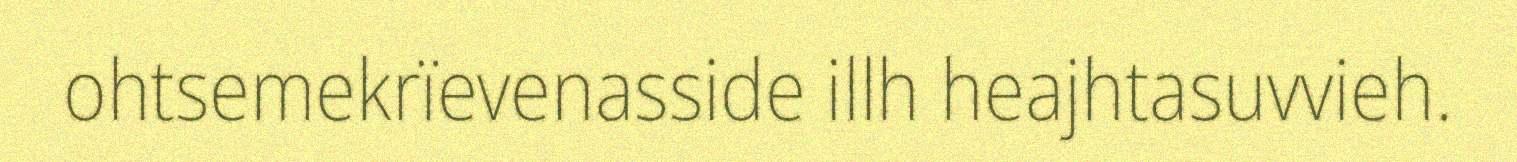
ohtsemekrïevenasside illh heajhtasuvvieh.